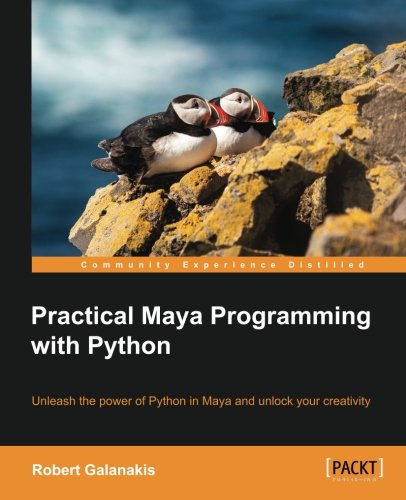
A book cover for Practical Maya Programming with Python; Robert Galanakis; Computers & Technology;